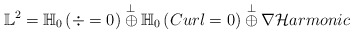
\begin{align*}\mathbb{L}^{2} = \mathbb{H}_{0}\left(\div=0 \right) \overset{\perp}{\oplus} \mathbb{H}_{0}\left(Curl=0 \right) \overset{\perp}{\oplus} \nabla \mathcal{H}armonic\end{align*}